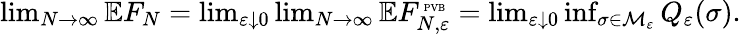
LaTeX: \begin{array}{r}{\operatorname*{lim}_{N\to\infty}\mathbb EF_{N}=\operatorname*{lim}_{\varepsilon\downarrow 0}\operatorname*{lim}_{N\to\infty}\mathbb EF_{N,\varepsilon}^{\mathrm{\tiny~PVB}}=\operatorname*{lim}_{\varepsilon\downarrow 0}\operatorname*{inf}_{\sigma\in\mathcal{M}_{\varepsilon}}Q_{\varepsilon}(\sigma).}\end{array}